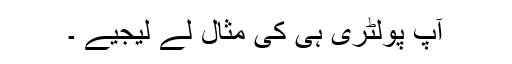
آپ پولٹری ہی کی مثال لے لیجیے ۔